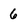
Character: 6